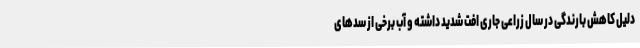
دلیل کاهش بارندگی در سال زراعی جاری افت شدید داشته و آب برخی از سدهای